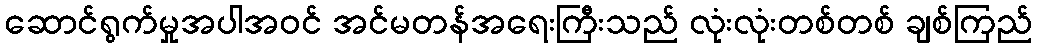
ဆောင်ရွက်မှုအပါအဝင် အင်မတန်အရေးကြီးသည် လုံးလုံးတစ်တစ် ချစ်ကြည်